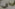
55